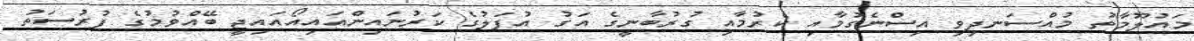
މައުލޫމާތު މުއްސަނދިވި އިސްނެގުމާއި ކެރުމާއި ގުރުބާނީގެ އަގު އުފަލުގެ ކަރުނައިންއައިއޯއައިޖީ ބޭއްވުމުގެ ފުރުސަތު